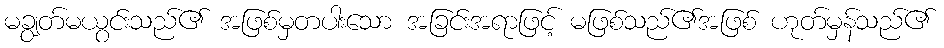
မချွတ်မယွင်းသည်၏ အဖြစ်မှတပါးသော အခြင်းအရာဖြင့် မဖြစ်သည်၏အဖြစ် ဟုတ်မှန်သည်၏